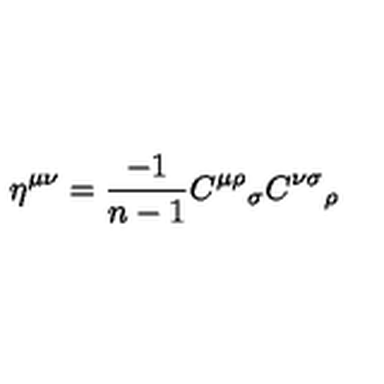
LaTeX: \eta ^ { \mu \nu } = \frac { - 1 } { n - 1 } { C ^ { \mu \rho } } _ { \sigma } { C ^ { \nu \sigma } } _ { \rho }